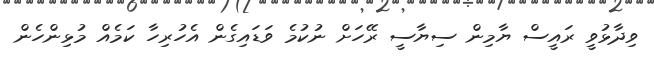
ވިދާޅުވީ ރައީސް ޔާމިން ސިޔާސީ ރޭހަށް ނުކުމެ ވަޑައިގެން އެހުރިހާ ކަމެއް މުޅިންހެން